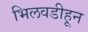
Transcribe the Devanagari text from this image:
भिलवडीहून